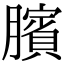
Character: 臏